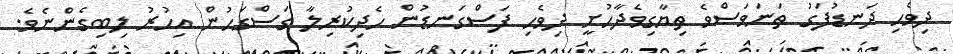
ދިވެހި ދަނޑުފަގު ތަނަވަސްވެ ތިޔާގިވެދާހުށީ ދިވެހި ފަސްގަނޑުން ހެދިކުރިލާ ގަސްގަހުން އިހުރު ލިބިގެންނެވެ.